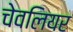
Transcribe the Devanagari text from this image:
चेवलियर